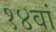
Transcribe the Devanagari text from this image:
१४वां